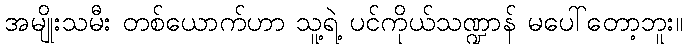
အမျိုးသမီး တစ်ယောက်ဟာ သူ့ရဲ့ ပင်ကိုယ်သဏ္ဍာန် မပေါ်တော့ဘူး။